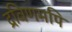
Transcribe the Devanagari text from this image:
द्रविणमपि